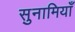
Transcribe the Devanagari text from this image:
सुनामियाँ